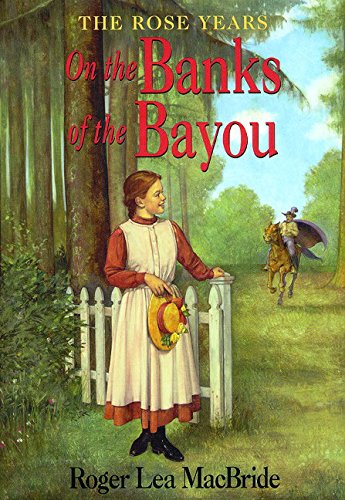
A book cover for On the Banks of the Bayou (Little House); Roger Lea MacBride; Children's Books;